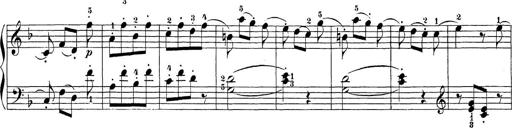
Title: Sonatina Album
Composer: Louis KÃ¶hler